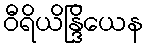
ဝီရိယိန္ဒြိယေန